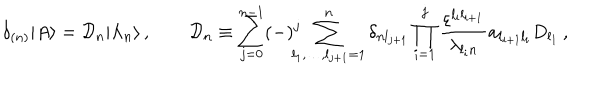
\delta _ { ( n ) } | A \rangle = { \cal D } _ { n } | \Lambda _ { n } \rangle \, , \qquad { \cal D } _ { n } \equiv \sum _ { j = 0 } ^ { n - 1 } ( - ) ^ { j } \! \! \! \! \sum _ { l _ { 1 } , \ldots , l _ { j + 1 } = 1 } ^ { n } \delta _ { n l _ { j + 1 } } \prod _ { i = 1 } ^ { j } \frac { \varepsilon ^ { l _ { i } l _ { i + 1 } } } { \lambda _ { l _ { i } n } } { \bf a } _ { l _ { i + 1 } l _ { i } } ^ { } D _ { l _ { 1 } } \, ,